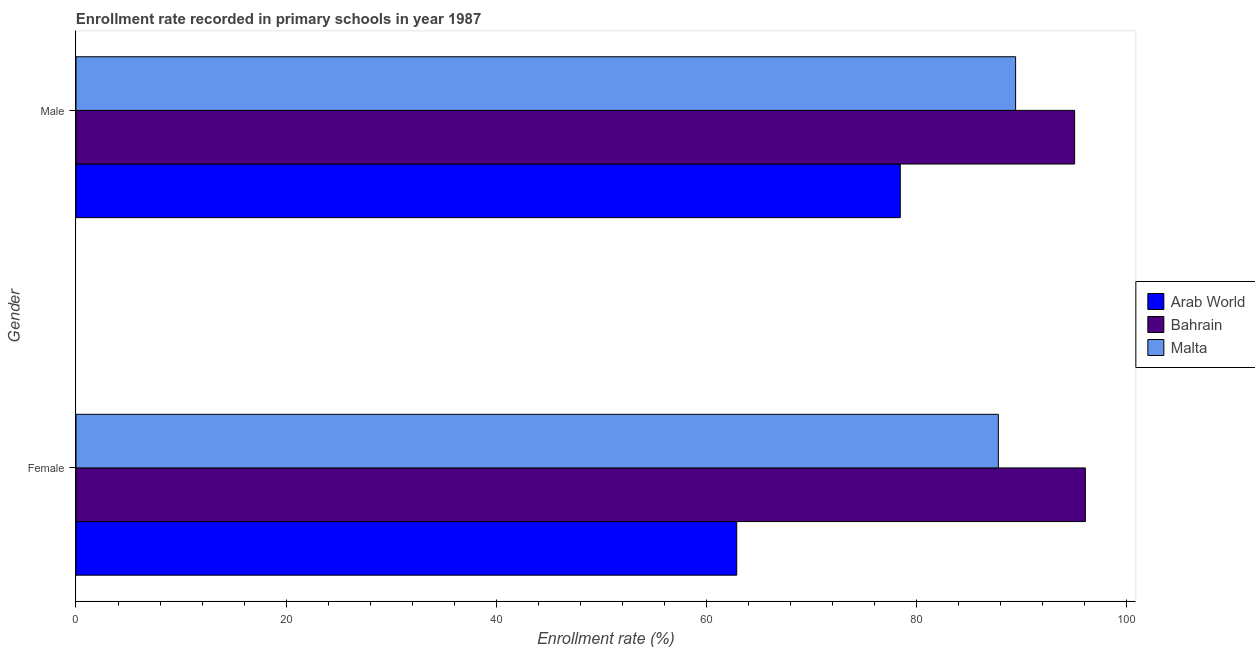
| Gender | Arab World | Bahrain | Malta |
 | --- | --- | --- | --- |
 | Female | 62.9 | 96.1 | 87.8 |
 | Male | 78.5 | 95.1 | 89.4 |